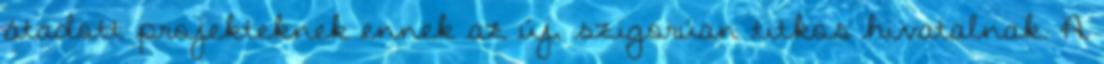
átadott projekteknek ennek az új, szigorúan titkos hivatalnak. A